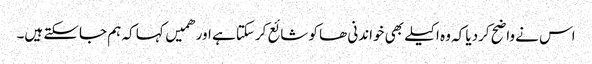
اس نے واضح کردیا کہ وہ اکیلے بھی خواندنی ھا کو شائع کرسکتا ہے اور ھمیں کہا کہ ہم جاسکتے ہیں۔